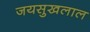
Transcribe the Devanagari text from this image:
जयसुखलाल